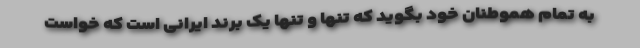
به تمام هموطنان خود بگوید که تنها و تنها یک برند ایرانی است که خواست